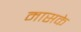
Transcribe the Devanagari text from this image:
मासके